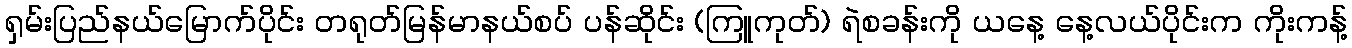
ရှမ်းပြည်နယ်မြောက်ပိုင်း တရုတ်မြန်မာနယ်စပ် ပန်ဆိုင်း (ကြူကုတ်) ရဲစခန်းကို ယနေ့ နေ့လယ်ပိုင်းက ကိုးကန့်